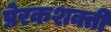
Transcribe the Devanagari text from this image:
प्रेरकशक्ती